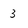
Character: 3